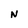
Character: N